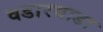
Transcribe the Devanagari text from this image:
वडारवाडा